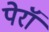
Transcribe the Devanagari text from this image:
पेरॉ